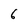
Character: 6